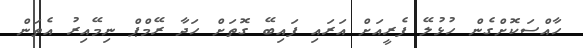
ހާއްސަކޮށްގެން ހުޅުލޭ ފެރީއަށް އަރައި ފައިބޭ ގޮތަށް ހަދާ ރޭމްޕް ނިމޭއިރު އެތަން